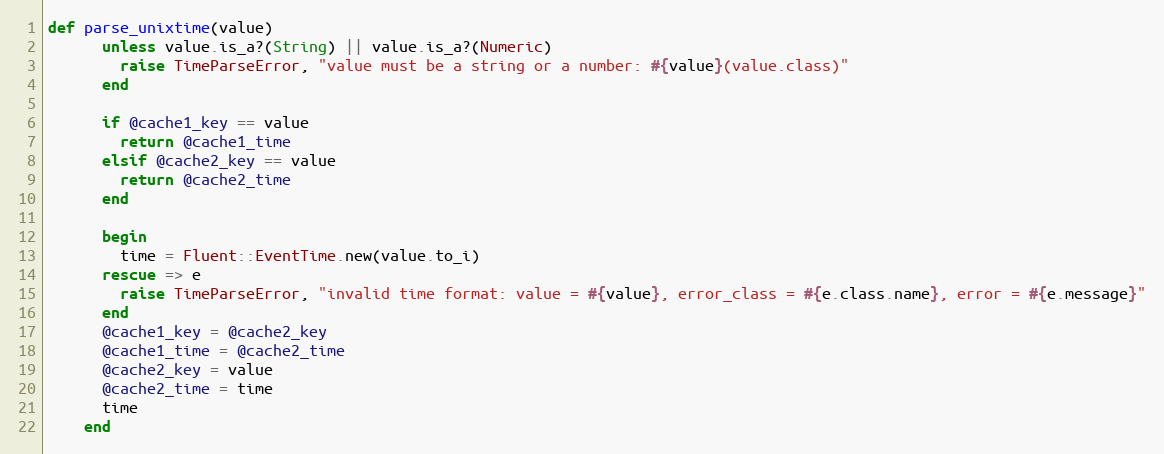
Language: Ruby
def parse_unixtime(value)
      unless value.is_a?(String) || value.is_a?(Numeric)
        raise TimeParseError, "value must be a string or a number: #{value}(value.class)"
      end

      if @cache1_key == value
        return @cache1_time
      elsif @cache2_key == value
        return @cache2_time
      end

      begin
        time = Fluent::EventTime.new(value.to_i)
      rescue => e
        raise TimeParseError, "invalid time format: value = #{value}, error_class = #{e.class.name}, error = #{e.message}"
      end
      @cache1_key = @cache2_key
      @cache1_time = @cache2_time
      @cache2_key = value
      @cache2_time = time
      time
    end